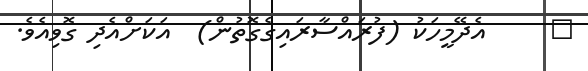
٣     އެދޭމީހަކު (ފުރައްސާރައިގެގޮތުން)  އަކަށްއެދި ގޮވިއެވެ.